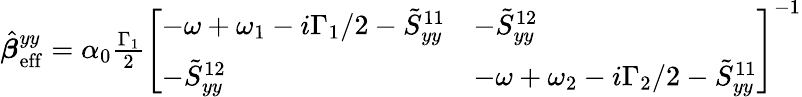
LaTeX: \begin{array}{r}{\hat{\boldsymbol{\beta}}_{\mathrm{eff}}^{yy}=\alpha_{0}\frac{\Gamma_{1}}{2}\left[\begin{array}{ll}{-\omega+\omega_{1}-i\Gamma_{1}/2-\tilde{S}_{yy}^{11}}&{-\tilde{S}_{yy}^{12}}\\ {-\tilde{S}_{yy}^{12}}&{-\omega+\omega_{2}-i\Gamma_{2}/2-\tilde{S}_{yy}^{11}}\end{array}\right]^{-1}}\end{array}